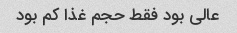
عالی بود فقط حجم غذا کم بود